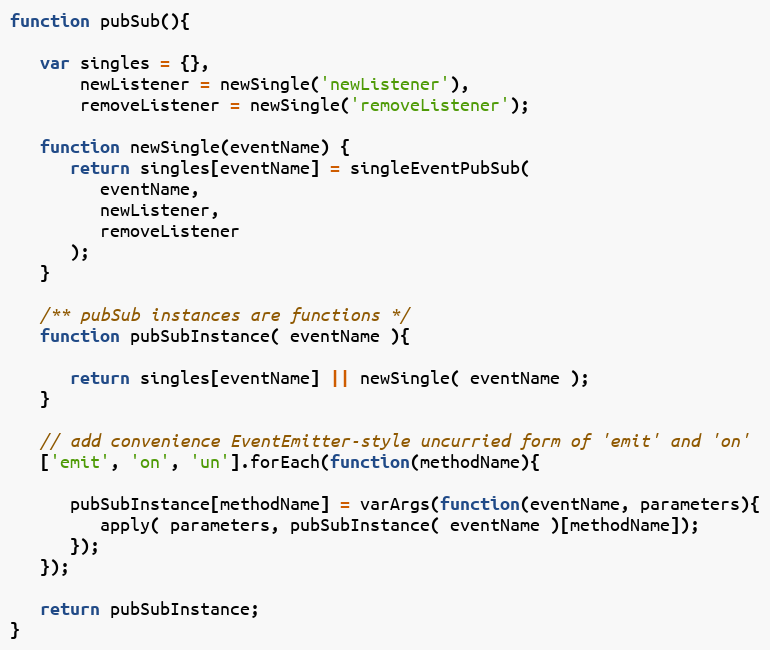
Language: JavaScript
function pubSub(){

   var singles = {},
       newListener = newSingle('newListener'),
       removeListener = newSingle('removeListener');

   function newSingle(eventName) {
      return singles[eventName] = singleEventPubSub(
         eventName,
         newListener,
         removeListener
      );
   }

   /** pubSub instances are functions */
   function pubSubInstance( eventName ){

      return singles[eventName] || newSingle( eventName );
   }

   // add convenience EventEmitter-style uncurried form of 'emit' and 'on'
   ['emit', 'on', 'un'].forEach(function(methodName){

      pubSubInstance[methodName] = varArgs(function(eventName, parameters){
         apply( parameters, pubSubInstance( eventName )[methodName]);
      });
   });

   return pubSubInstance;
}